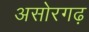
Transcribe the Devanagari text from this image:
असोरगढ़